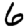
Digit: 6